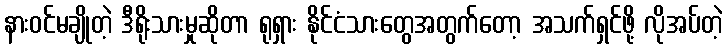
နားဝင်မချိုတဲ့ ဒီရိုးသားမှုဆိုတာ ရုရှား နိုင်ငံသားတွေအတွက်တော့ အသက်ရှင်ဖို့ လိုအပ်တဲ့